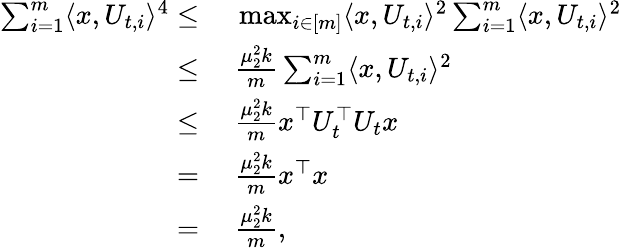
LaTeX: \begin{array}{rl}{\sum_{i=1}^{m}\langle x,U_{t,i}\rangle^{4}\leq}&{~\operatorname*{max}_{i\in[m]}\langle x,U_{t,i}\rangle^{2}\sum_{i=1}^{m}\langle x,U_{t,i}\rangle^{2}}\\ {\leq}&{~\frac{\mu_{2}^{2}k}{m}\sum_{i=1}^{m}\langle x,U_{t,i}\rangle^{2}}\\ {\leq}&{~\frac{\mu_{2}^{2}k}{m}x^{\top}U_{t}^{\top}U_{t}x}\\ {=}&{~\frac{\mu_{2}^{2}k}{m}x^{\top}x}\\ {=}&{~\frac{\mu_{2}^{2}k}{m},}\end{array}